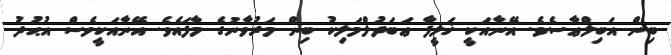
ބިން އަބިލްޢާސެވެ. އޭނާއަކީ ޚަލީފާ ޢަބަދުލްމަލިކު ބިން މަރުވާނުގެ މާފައެވެ. އޭނާއަކީވެސް އުޙުދު